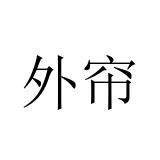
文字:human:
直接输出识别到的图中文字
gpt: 外帘